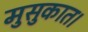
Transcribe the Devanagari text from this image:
मुसुकात।